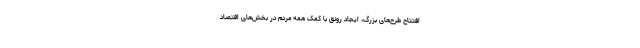
افتتاح طرح‌های بزرگ، ایجاد رونق با کمک همه مردم در بخش‌های اقتصاد